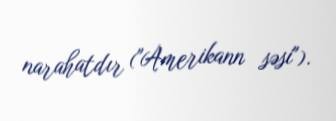
narahatdır ("Amerikann səsi").